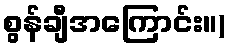
စွန်ချီအကြောင်း။)